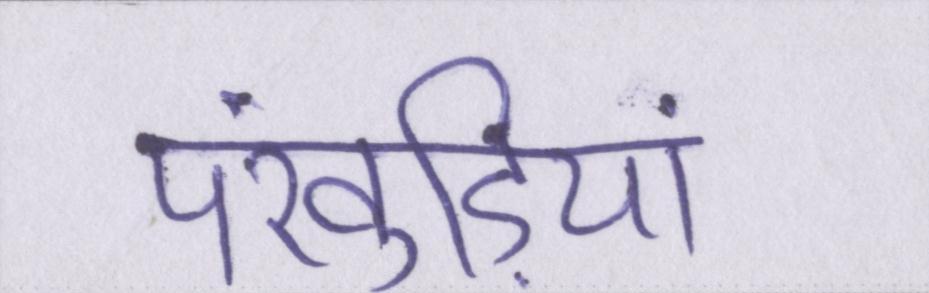
पंखुड़ियां